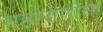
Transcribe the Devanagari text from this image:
महाराणीसा